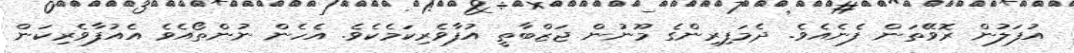
އުފަލުން ރޮވޭތަން ފެނެއެވެ. ދެމަފިރިންގެ މޫނުން ޖަޒްބާތީ އުފާވެރިކަމެކެވެ. އެހެން ނުންތޯއެވެ އެއުފާވެރިކަން